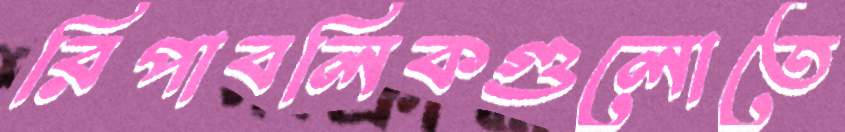
রিপাবলিকগুলোতে